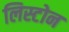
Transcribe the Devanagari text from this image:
लिस्टोन